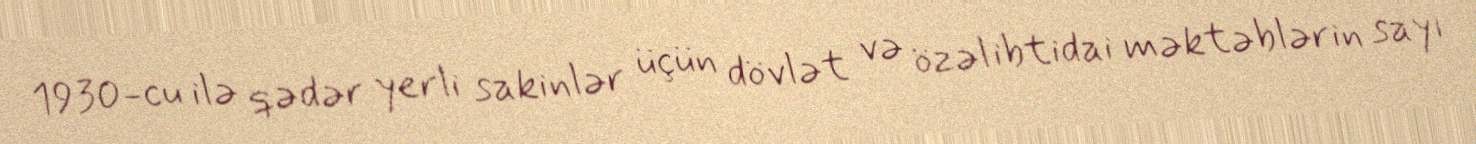
1930-cu ilə qədər yerli sakinlər üçün dövlət və özəl ibtidai məktəblərin sayı